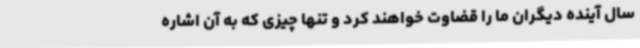
سال آینده دیگران ما را قضاوت خواهند کرد و تنها چیزی که به آن اشاره